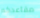
مقاعدكم